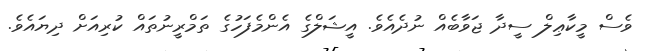
ވެސް މީކާޢިލް ސީދާ ޖަވާބެއް ނުދެއެވެ. އީޝަލްގެ އެންމެފަހުގެ ތަމްރީނުތައް ކުރިއަށް ދިޔައެވެ.